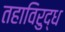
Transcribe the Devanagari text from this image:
तहाविरुद्ध